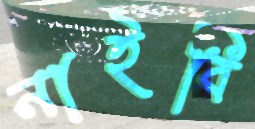
নাইবি